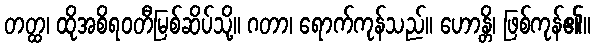
တတ္ထ၊ ထိုအစိရဝတီမြစ်ဆိပ်သို့။ ဂတာ၊ ရောက်ကုန်သည်။ ဟောန္တိ၊ ဖြစ်ကုန်၏။